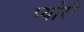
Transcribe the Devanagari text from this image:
प्योरी